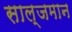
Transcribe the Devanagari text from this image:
साल्जमान